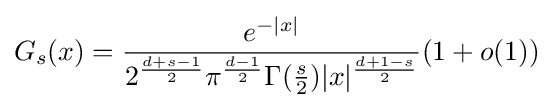
G_{s}(x)={\frac {e^{-\vert x\vert }}{2^{\frac {d+s-1}{2}}\pi ^{\frac {d-1}{2}}\Gamma ({\frac {s}{2}})\vert x\vert ^{\frac {d+1-s}{2}}}}(1+o(1))